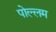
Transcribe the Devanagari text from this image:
पोल्लम